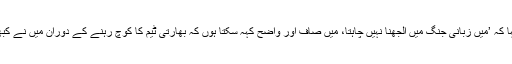
کرکٹ ڈاٹ کام ڈاٹ اے يو کو دیے گئے ایک انٹرویو میں چیپل نے کہا کہ ’میں زبانی جنگ میں الجھنا نہیں چاہتا، میں صاف اور واضح کہہ سکتا ہوں کہ بھارتی ٹیم کا کوچ رہنے کے دوران میں نے کبھی راہل ڈراوڈ کی جگہ سچن کو کپتان بنانے کی کوشش نہیں کی تھی۔